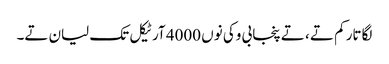
لگاتار کم تے ، تے پنجابی وکی نوں 4000 آرٹیکل تک لیان تے۔